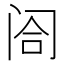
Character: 𬮤